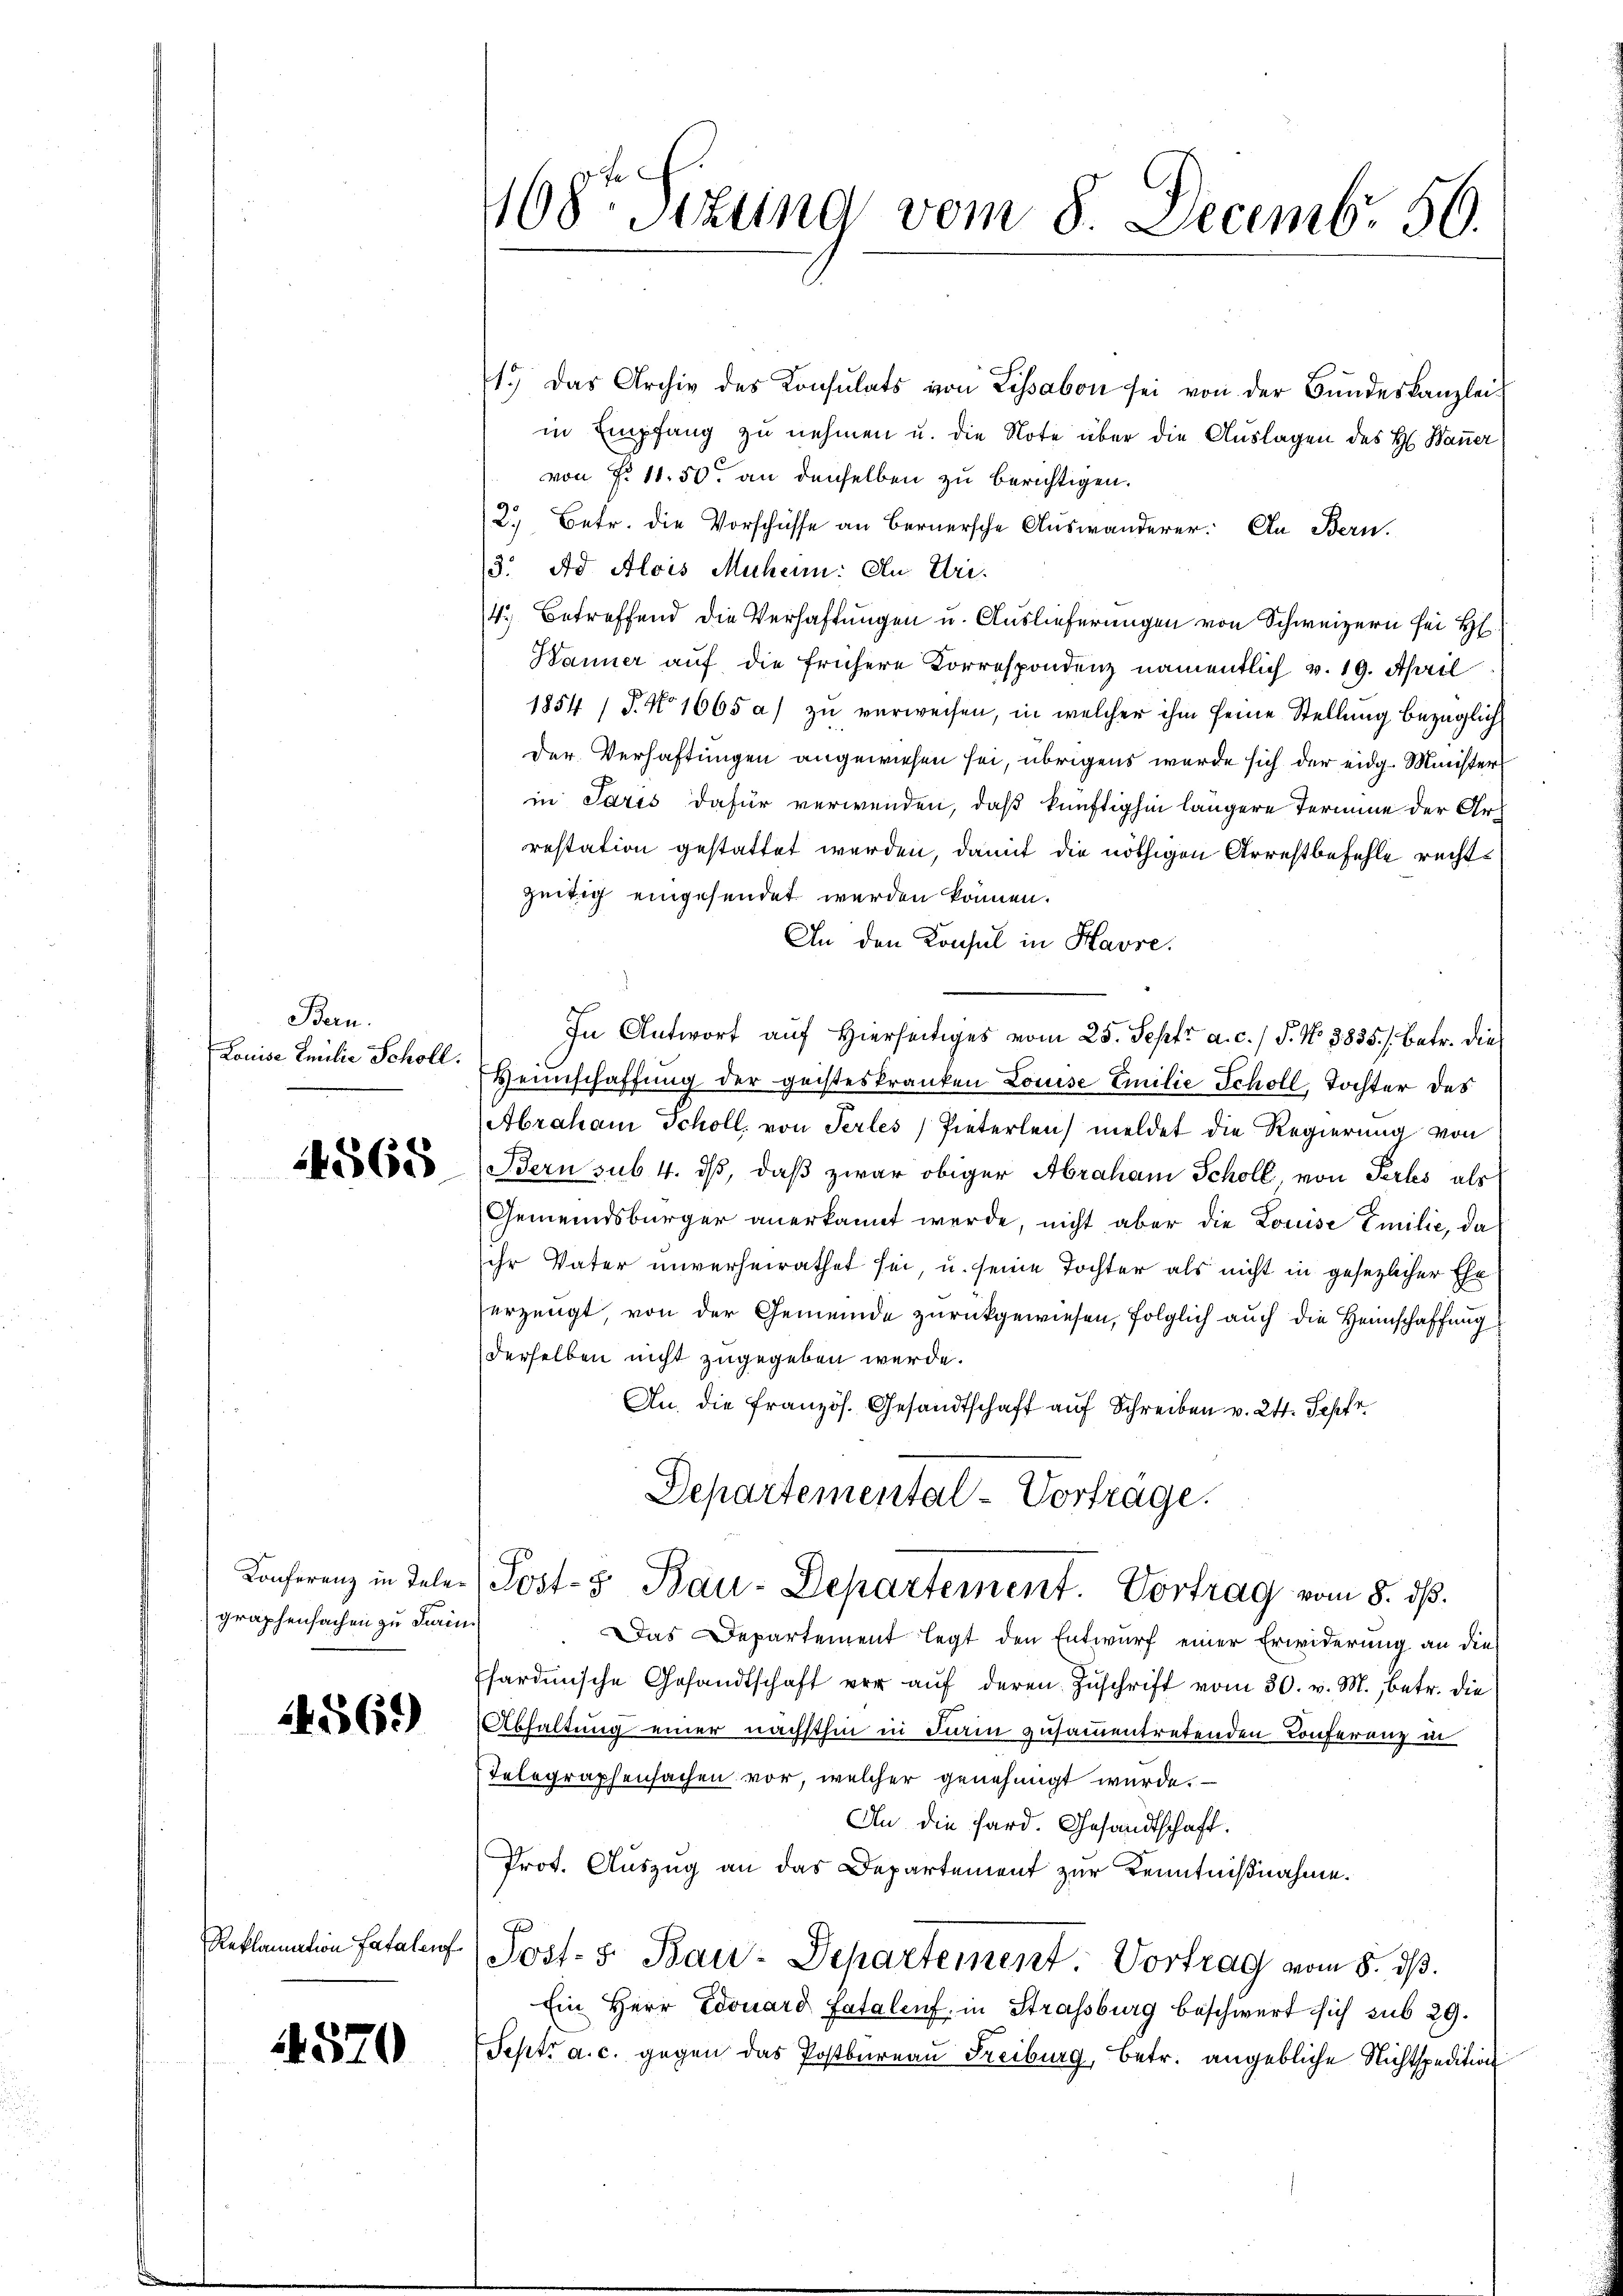
Bern.
Louise Emilie Scholl.

4565

graphensachen zu Turini

569)

Reklamation fatalauf

4570

168te Sizung vom 8. Decembr. 50.

1.) Das Archiv des Consulats von Lissabon sei von der Bŭndeskanzlei-
in Empfang zu nehmen u. die Note über die Auslagen des H. Bauer
von P. 11. 50. an denselben zu berichtigen.
2.) Betr. die Vorschüsse an Bernersche Auswanderer. An Bern.
3. Ad Alois Muheim: An Uri.
4.) Betreffend die Verhaftungen u. Auslieferungen von Schweizern sei H
Banner auf die frühere Korrespondenz namentlich v. 19. April
1854 / J. No 1665 a) zu verweisen, in welcher ihm seine Stellung bezüglich
der Verhaftungen angewiesen sei, übrigens werde sich der eidg. Minister
in Paris dafür verwenden, daß künftighin längere Termine der Arrestation gestattet werden, damit die nöthigen Arrestbefehle rechtzeitig eingesendet werden können.
An den Consul in Havre.
In Antwort auf Hierseitiges vom 25. Sept. a. c. / 5. No 3835.) Betr. die
Heinschaffung der geisteskranken Louise Emilie Scholl, Tochter des
Abraham Schöll, von Perles, Pinterlen meldet die Regierung von
Bern sub. 4. ds, daß zwar obiger Abraham Schöll, von Perkes als
Gemeindsbürger anerkannt werde, nicht aber die Louise Emilie, da
ihr Vater unverheirathet sei, u. seine Tochter als nicht in gesezlicher Ehe
erzeugt, von der Gemeinde zurückgewiesen, folglich auch die Heimschaffung
derselben nicht zugegeben werde.
An die französ. Gesandtschaft auf Schreiben v. 24. Septe
Departemental-Vortrage.
Konferenz in Telen Post- & Bau-Departement. Vortrag vom 8. dβ.
Das Departement legt den Entwurf einer Erwiderung an die
Phardische Gesandtschaft vor aŭf deren Zuschrift vom 30. v. M., betr. die
Abhaltung einer nächsthin in Firin zusammentretenden Conferenz in
Telegraphensachen vor, welcher genehmigt wurde.
An die Hard. Gesandtschaft.
Prot. Auszug an das Departement zur Kenntnißnahme.
Post- 5. Bau-Departement. Vortrag vom 8. d.
Ein Herr Edouard Fatalent in Strassburg beschwert sich sub 29.
Sept. a. c. gegen das Postbureau Freiburg, betr. angebliche Nichtspedition